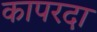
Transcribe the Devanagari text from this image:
कापरदा